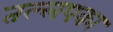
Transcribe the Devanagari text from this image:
तल्लपका